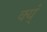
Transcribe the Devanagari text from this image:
क्य्ं